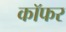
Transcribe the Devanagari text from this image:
कॉफर